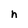
Character: h